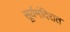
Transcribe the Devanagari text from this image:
सूर्यमंदिरात